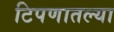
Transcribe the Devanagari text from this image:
टिपणातल्या